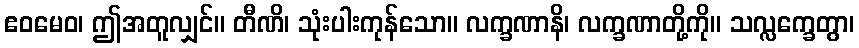
ဧဝမေဝ၊ ဤအတူလျှင်။ တီဏိ၊ သုံးပါးကုန်သော။ လက္ခဏာနိ၊ လက္ခဏာတို့ကို။ သလ္လက္ခေတွာ၊